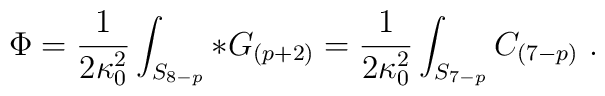
\Phi= {1\over 2\kappa_0^2}\int_{S_{8-p}} *G_{(p+2)}={1\over 2\kappa_0^2}\int_{S_{7-p}} C_{(7-p)}\ .